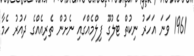
1961 ވަނަ އަހަރު ނިކުތް ޓެލުގޫ ފިލްމެއްގައި ނެށުން ތެރިއެއްގެ ދައުރު ހެމާ